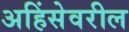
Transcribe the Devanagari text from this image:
अहिंसेवरील